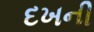
દખની